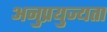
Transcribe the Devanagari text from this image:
अनुप्रयुज्यता